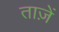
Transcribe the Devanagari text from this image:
ताज़ें